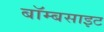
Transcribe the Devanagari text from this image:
बॉम्बसाइट